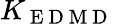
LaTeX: K_{\mathrm{~E~D~M~D~}}